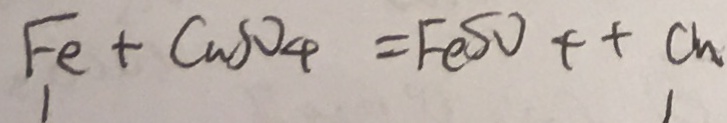
F e + C u S O _ { 4 } = F e S O _ { 4 } + + C u